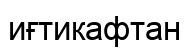
иғтикафтан